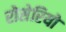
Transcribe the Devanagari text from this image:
रोसेरियो